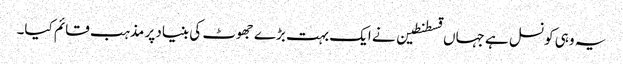
یہ وہی کونسل ہے جہاں قسطنطین نے ایک بہت بڑے جھوٹ کی بنیاد پر مذہب قائم کیا۔